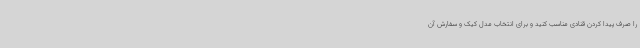
را صرف پیدا کردن قنادی مناسب کنید و برای انتخاب مدل کیک و سفارش آن